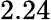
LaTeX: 2.24